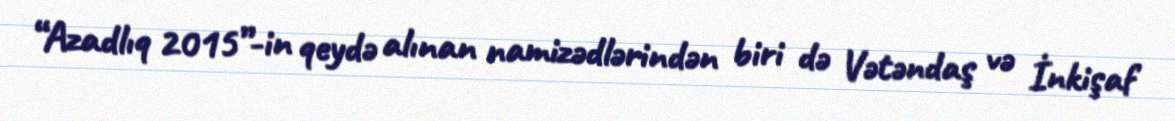
“Azadlıq 2015”-in qeydə alınan namizədlərindən biri də Vətəndaş və İnkişaf